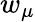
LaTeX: w_{\mu}